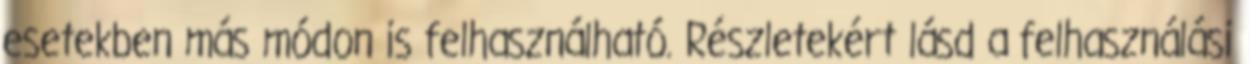
esetekben más módon is felhasználható. Részletekért lásd a felhasználási